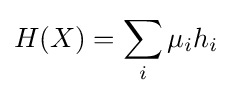
\displaystyle H(X)=\sum _{i}\mu _{i}h_{i}